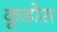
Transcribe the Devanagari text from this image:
कूडोस